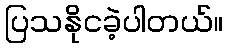
ပြသနိုငခဲ့ပါတယ်။